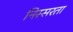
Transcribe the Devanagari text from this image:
निस्सरता